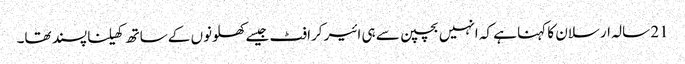
21 سالہ ارسلان کا کہنا ہے کہ انہیں بچپن سے ہی ائیر کرافٹ جیسے کھلونوں کے ساتھ کھیلنا پسند تھا۔